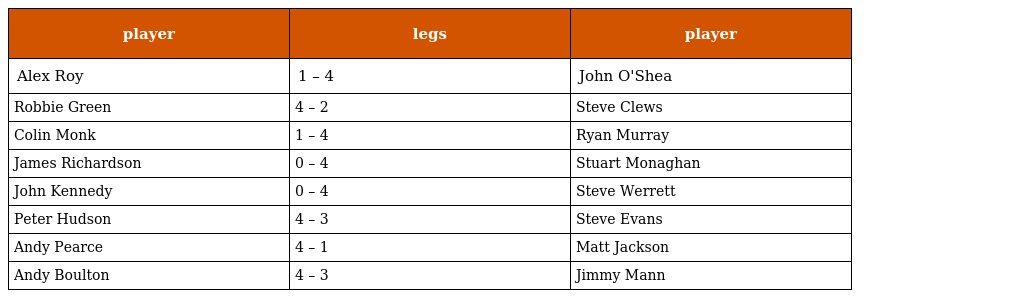
| player | legs | player |
 | --- | --- | --- |
 | Alex Roy | 1 – 4 | John O'Shea |
 | Robbie Green | 4 – 2 | Steve Clews |
 | Colin Monk | 1 – 4 | Ryan Murray |
 | James Richardson | 0 – 4 | Stuart Monaghan |
 | John Kennedy | 0 – 4 | Steve Werrett |
 | Peter Hudson | 4 – 3 | Steve Evans |
 | Andy Pearce | 4 – 1 | Matt Jackson |
 | Andy Boulton | 4 – 3 | Jimmy Mann |